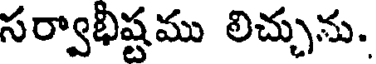
సర్వాభీష్టము లిచ్చును.